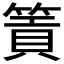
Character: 篢